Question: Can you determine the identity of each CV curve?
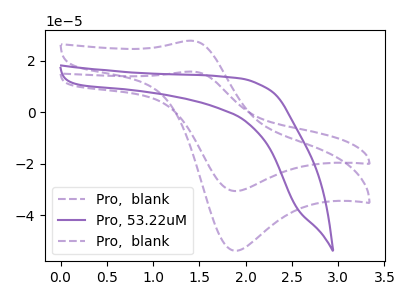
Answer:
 <answer>The purple dashed curve is labeled "Pro,  blank". The purple curve is labeled "Pro, 53.22uM". The purple dashed curve is labeled "Pro,  blank".</answer>
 <eval></eval>